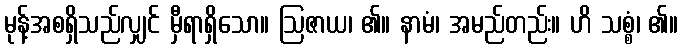
မုန့်အစရှိသည်လျှင် မှီရာရှိသော။ ဩဇာယ၊ ၏။ နာမံ၊ အမည်တည်း။ ဟိ သစ္စံ၊ ၏။